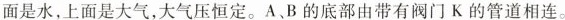
面是水，上面是大气，大气压恒定。A、B的底部由带有阀门K的管道相连。